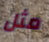
مثل